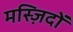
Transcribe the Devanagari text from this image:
मस्ज़िदों